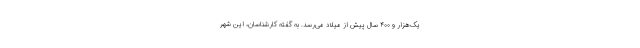
یک‌هزار و ۴۰۰ سال پیش از میلاد می‌رسد. به گفته کارشناسان، این شهر